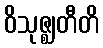
ဝိသုဇ္ဈတီတိ